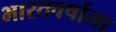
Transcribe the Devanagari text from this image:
भारतवर्षाला